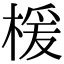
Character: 楥